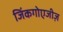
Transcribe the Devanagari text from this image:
जिंकगोएजीज़